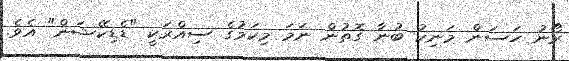
ރޯނު ހަސަން މަނިކު ބުނާ ގޮތުން ނަމަ މިކަމުގެ ސިއްރަކީ "ޑެޑިކޭޝަން" އެވެ.